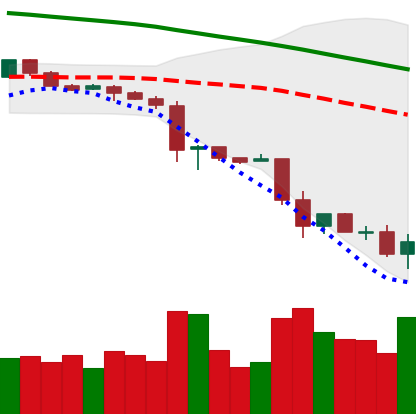
Ticker: LTC-USD
Chart end date: 2018-11-25
Forward return: 3.796%
Label: up_3_5